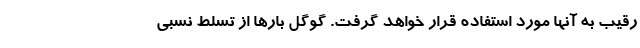
رقیب به آنها مورد استفاده قرار خواهد گرفت. گوگل بارها از تسلط نسبی